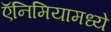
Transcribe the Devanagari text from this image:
ऍनिमियामध्ये